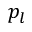
p _ { l }